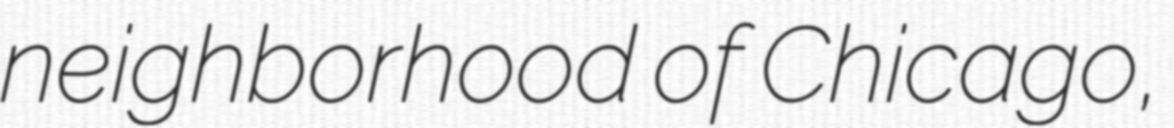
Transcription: neighborhood of Chicago,